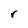
Character: r